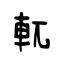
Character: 軏